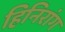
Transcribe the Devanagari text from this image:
हिनिरांग